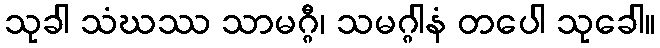
သုခါ သံဃဿ သာမဂ္ဂီ၊ သမဂ္ဂါနံ တပေါ သုခေါ။